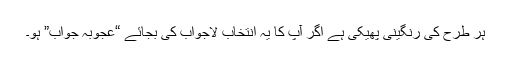
ہر طرح کی رنگینی پھیکی ہے اگر آپ کا یہ انتخاب لاجواب کی بجائے “عجوبہ جواب” ہو۔